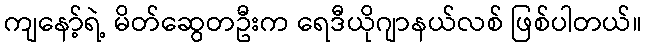
ကျနော့်ရဲ့ မိတ်ဆွေတဦးက ရေဒီယိုဂျာနယ်လစ် ဖြစ်ပါတယ်။